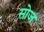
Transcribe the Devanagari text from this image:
सोज